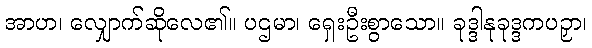
အာဟ၊ လျှောက်ဆိုလေ၏။ ပဌမာ၊ ရှေးဦးစွာသော။ ခုဒ္ဒါနုခုဒ္ဒကပဉှာ၊